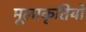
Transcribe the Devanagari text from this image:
मूलाकृतियों